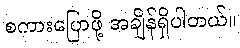
စကားပြောဖို့ အချိန်ရှိပါတယ်။